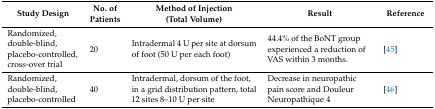
<table><thead><tr><td><b>Study Design</b></td><td><b>No. of Patients</b></td><td><b>Method of Injection (Total Volume)</b></td><td><b>Result</b></td><td><b>Reference</b></td></tr></thead><tbody><tr><td>Randomized, double-blind, placebo-controlled, cross-over trial</td><td>20</td><td>Intradermal 4 U per site at dorsum of foot (50 U per each foot)</td><td>44.4% of the BoNT group experienced a reduction of VAS within 3 months.</td><td>[45]</td></tr><tr><td>Randomized, double-blind, placebo-controlled</td><td>40</td><td>Intradermal, dorsum of the foot, in a grid distribution pattern, total 12 sites 8–10 U per site</td><td>Decrease in neuropathic pain score and Douleur Neuropathique 4</td><td>[46]</td></tr></tbody></table>